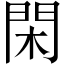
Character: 閑